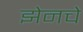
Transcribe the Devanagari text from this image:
झेनचे